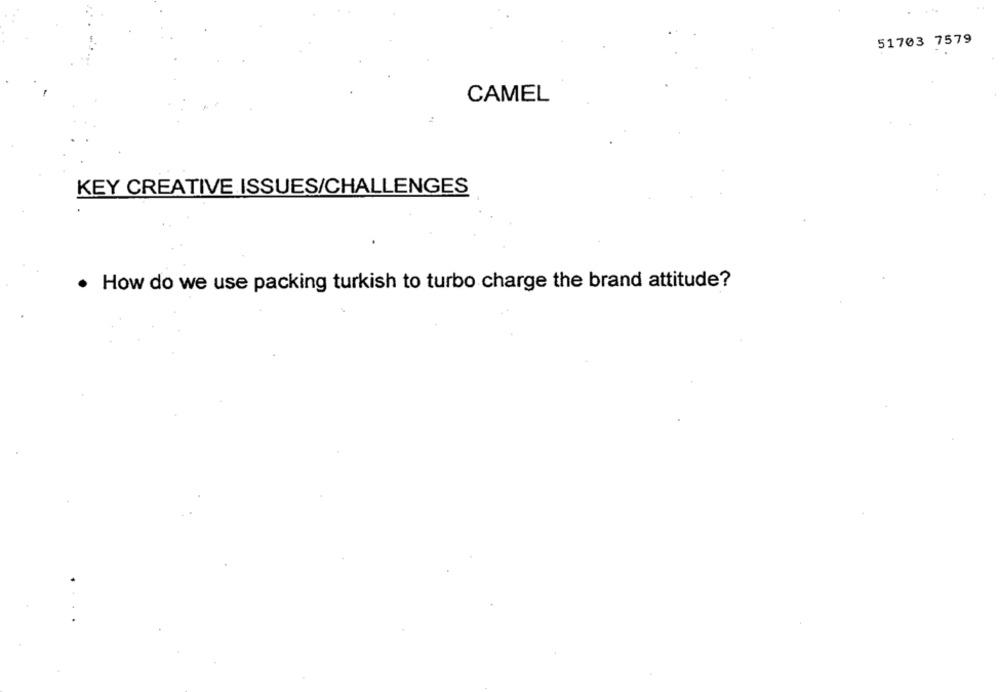
51703 7579
CAMEL
KEY CREATIVE ISSUES/CHALLENGES
. How do we use packing turkish to turbo charge the brand attitude?